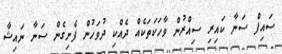
ސައިފް ސަނާ ކައިރި ސިއްރުން ވާހަކަތަކެއް ދެއްކި ދުވަހުން ފެށިގެން ސަނާ ނައިޝާ